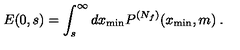
E ( 0 , s ) = \int _ { s } ^ { \infty } d x _ { \mathrm { m i n } } P ^ { ( N _ { f } ) } ( x _ { \mathrm { m i n } } , m ) \: .